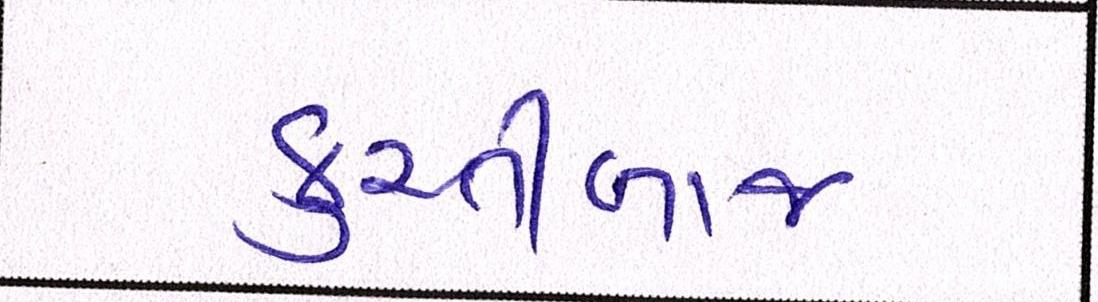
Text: કુસ્તીબાજ